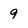
Character: 9